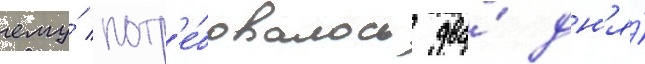
ему́ потр'е́бовалось два́ дн'я́